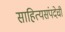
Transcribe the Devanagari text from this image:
साहित्यसंपदेची